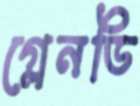
গ্লেনডি